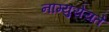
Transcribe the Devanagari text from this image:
नाम्युयेयते